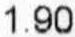
1.90